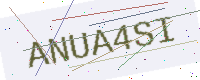
Text: ANUA4SI